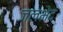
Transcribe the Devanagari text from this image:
जलभेद